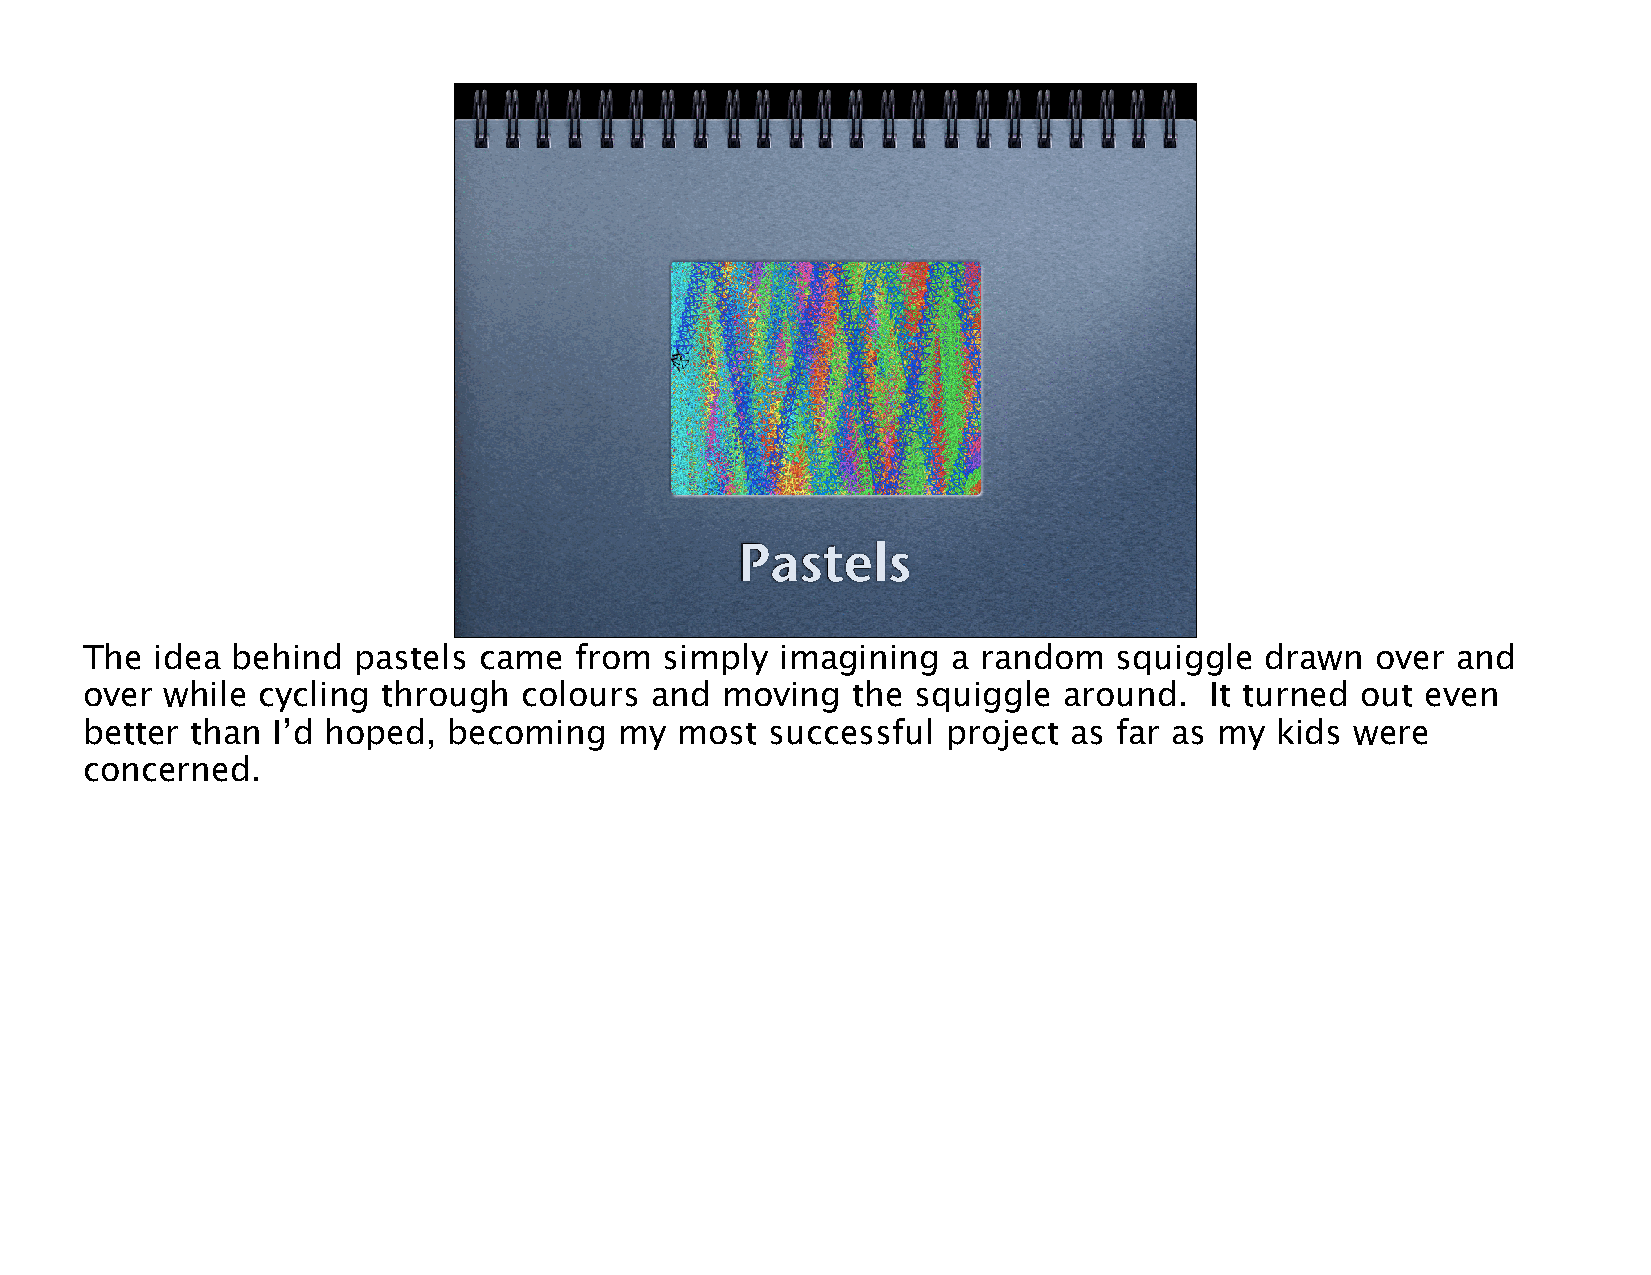
Pastels
 The idea behind  pastels  came  from  simply  imagining  a random   squiggle  drawn  over and
 over while cycling through   colours and  moving  the  squiggle around.   It turned out even
 better than I’d hoped,  becoming   my  most  successful  project as far as my kids  were
 concerned.